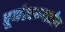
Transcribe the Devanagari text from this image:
चूर्णस्वरुपातील